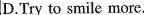
D.Try to smile more.